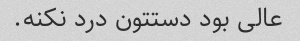
عالی بود دستتون درد نکنه.